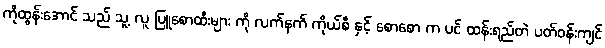
ကိုထွန်းအောင် သည် သူ့ လူ ပြူစောထီးများ ကို လက်နက် ကိုယ်စီ နှင့် စောစော က ပင် ထန်းရည်တဲ ပတ်ဝန်းကျင်